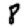
Digit: 8